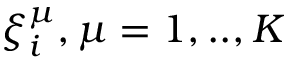
\xi _ { i } ^ { \mu } , \mu = 1 , . . , K